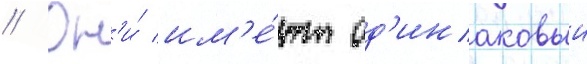
// Он'и́ им'е́ют од'инаковыи